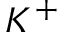
K ^ { + }